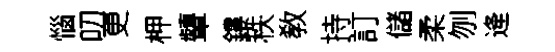
惱叨更柙顰鏤秩敎持訂儲柔刎逄